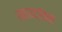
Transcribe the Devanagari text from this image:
स्कायट्रॅक्स